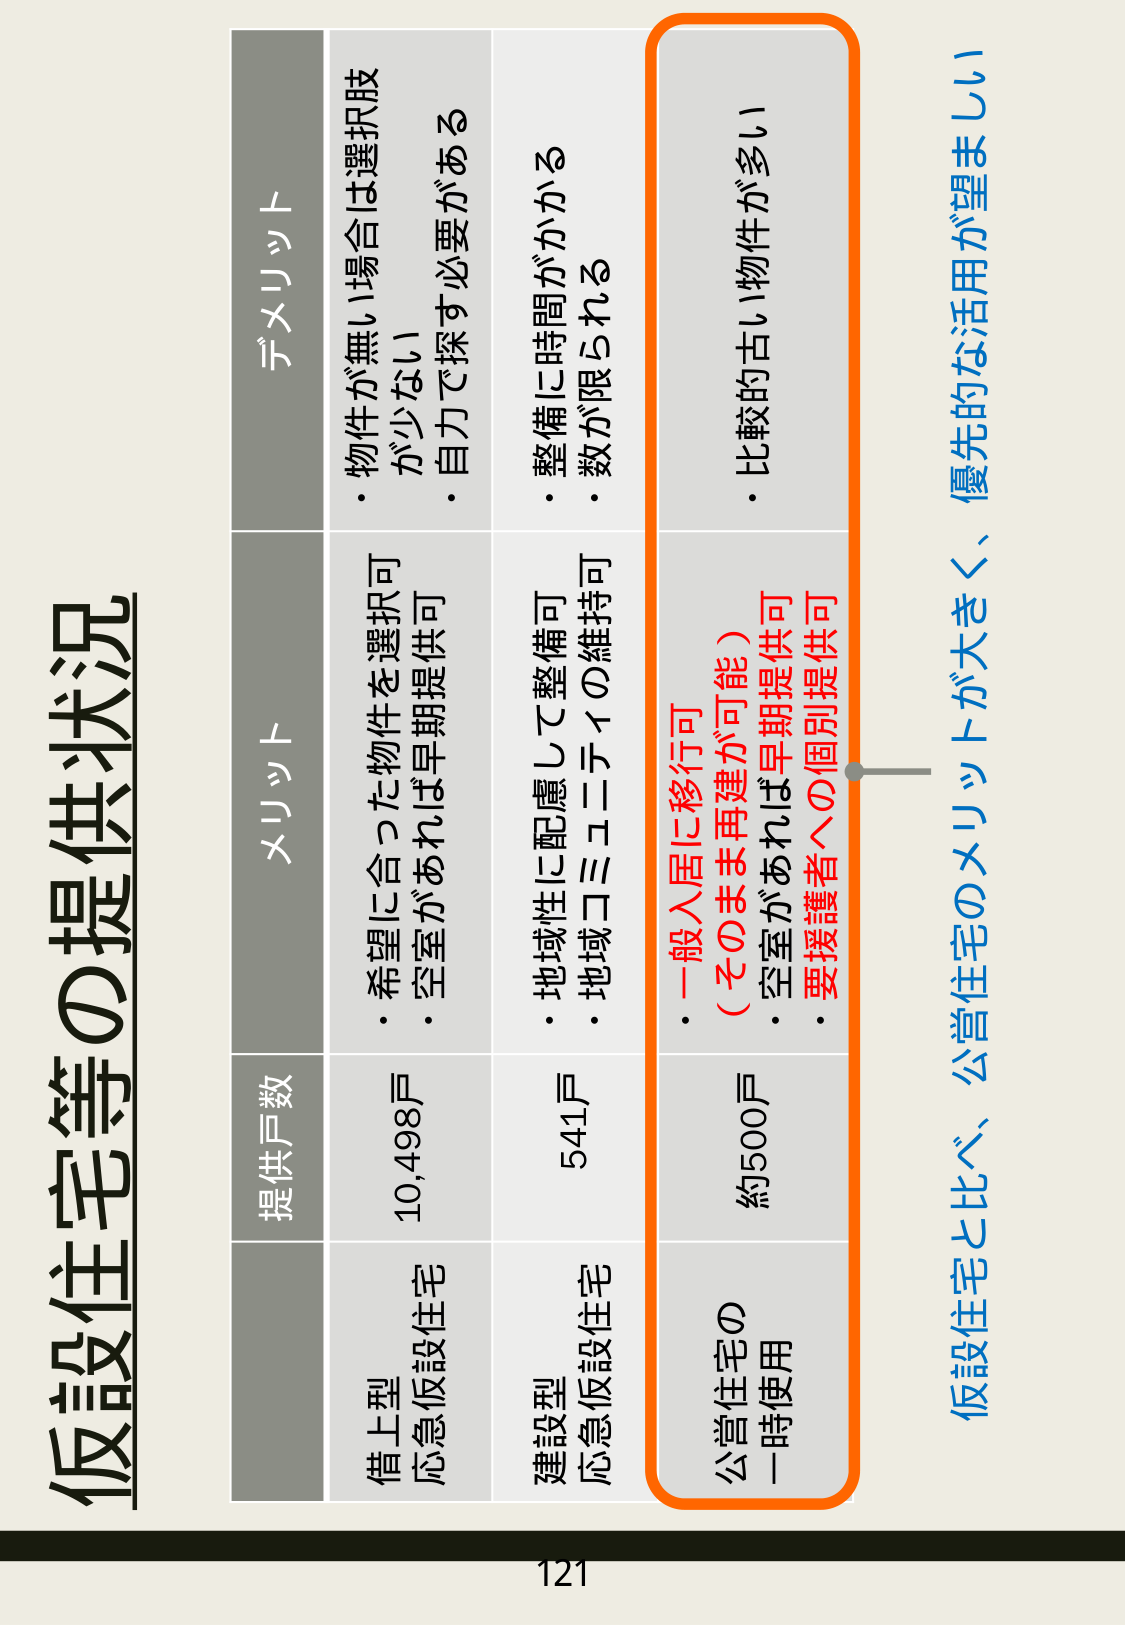
仮設住宅等の提供状況

提供戸数 メリット デメリット

借上型
応急仮設住宅
10,498戸
・希望に合った物件を選択可
・空室があれば早期提供可
・物件が無い場合は選択肢が少ない
・自力で探す必要がある

建設型
応急仮設住宅
541戸
・地域性に配慮して整備可
・地域コミュニティの維持可
・整備に時間がかかる
・数が限られる

公営住宅の
一時使用
約500戸
・一般入居に移行可
（そのまま再建が可能）
・空室があれば早期提供可
・要援護者への個別提供可
・比較的古い物件が多い

仮設住宅と比べ、公営住宅のメリットが大きく、優先的な活用が望ましい

121